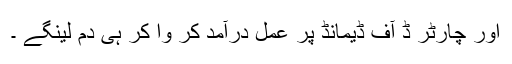
اور چارٹر ڈ آف ڈیمانڈ پر عمل درآمد کر وا کر ہی دم لینگے ۔